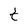
Character: t